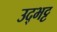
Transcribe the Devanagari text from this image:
उद्भट्ट